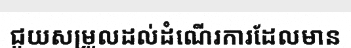
ជួយសម្រួលដល់ដំណើរការដែលមាន